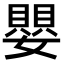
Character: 嬰